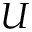
U